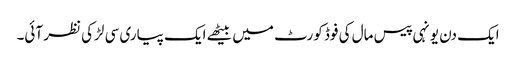
ایک دن یونہی پیس مال کی فوڈ کورٹ میں بیٹھے ایک پیاری سی لڑکی نظر آئی۔